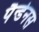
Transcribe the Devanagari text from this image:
पैन्डेनस